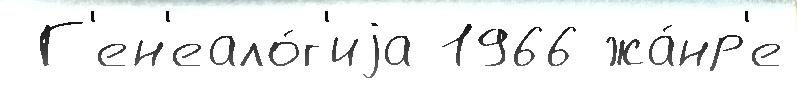
 Г'ен'еало́г'иjа 1966 жа́нр'е